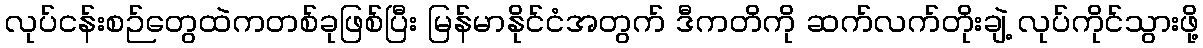
လုပ်ငန်းစဉ်တွေထဲကတစ်ခုဖြစ်ပြီး မြန်မာနိုင်ငံအတွက် ဒီကတိကို ဆက်လက်တိုးချဲ့ လုပ်ကိုင်သွားဖို့